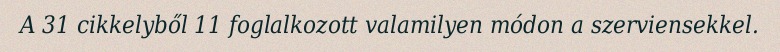
A 31 cikkelyből 11 foglalkozott valamilyen módon a szerviensekkel.